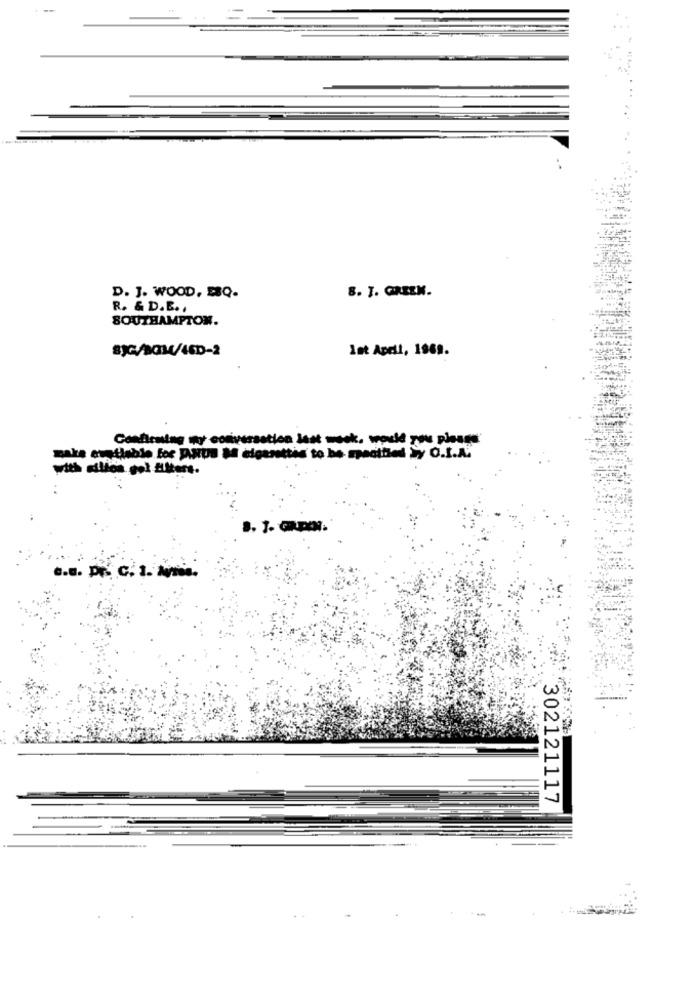
8. J. GREEN.
D. J. WOOD, BBQ-
R. & D.E .,
SOUTHAMPTON.
89G/MQM/46D-2
Let April, 1969.
Confirming my conversation Jest wook, would you please
make evtlable for P.HUS M cigarettes to be specified > O.I.A.
with silica gol futters.
.. s. Pr. C. 1. Avis.
302121117